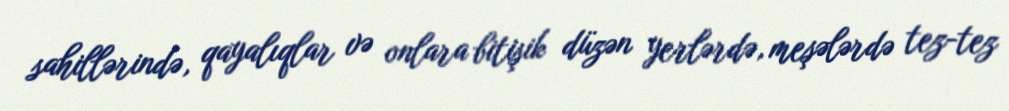
sahillərində, qayalıqlar və onlara bitişik düzən yerlərdə, meşələrdə tez-tez